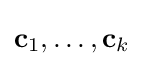
\mathbf {c} _{1},\ldots ,\mathbf {c} _{k}